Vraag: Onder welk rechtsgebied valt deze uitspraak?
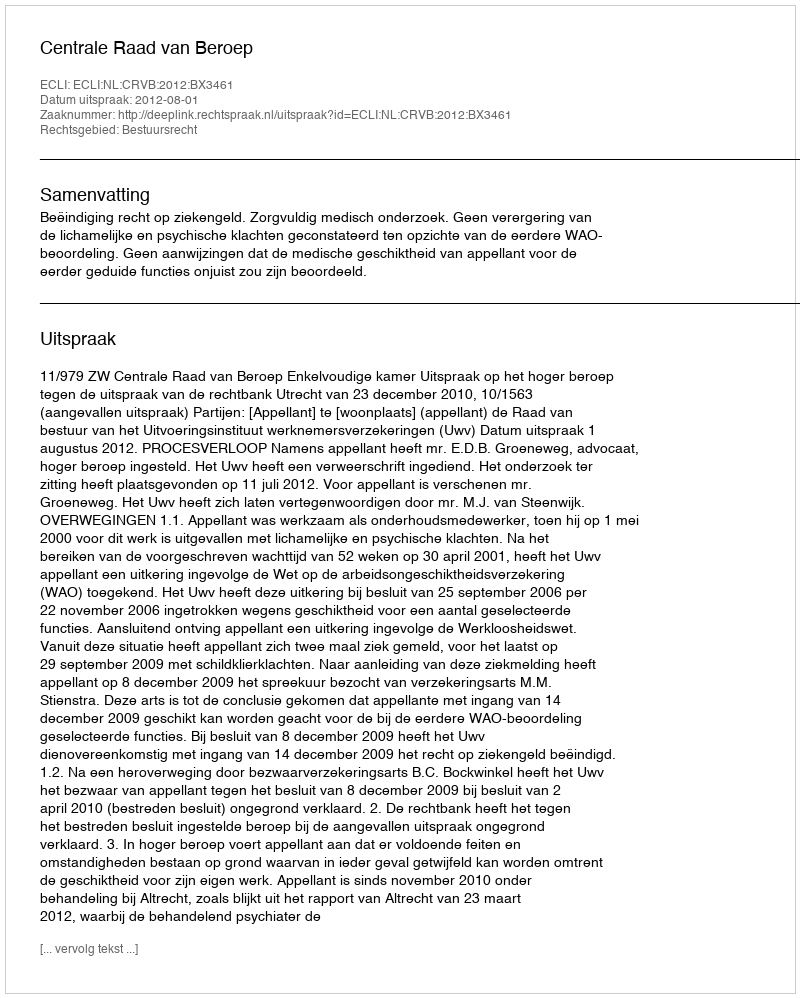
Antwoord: Bestuursrecht